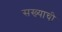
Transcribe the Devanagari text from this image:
सख्याची